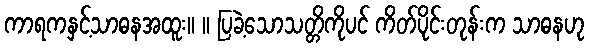
ကာရကနှင့်သာဓနအထူး။ ။ ပြခဲ့သောသတ္တိကိုပင် ကိတ်ပိုင်းတုန်းက သာဓနဟု